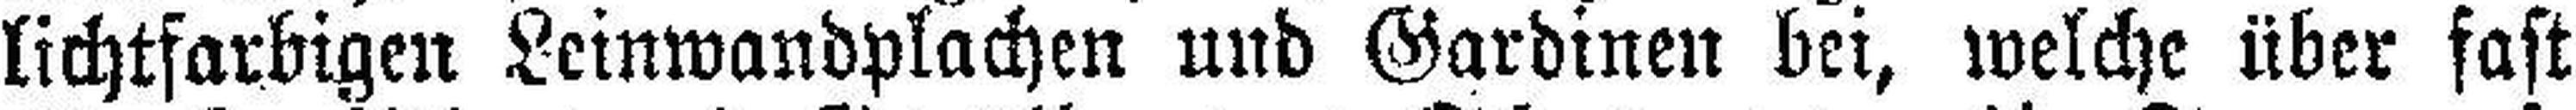
lichtfarbigen Leinwandplachen und Gardinen bei, welche über fast